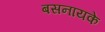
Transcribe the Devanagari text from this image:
बसनायके